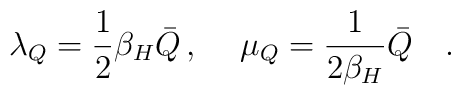
\lambda_Q={1\over 2}\beta_H \bar{Q}\, ,\hspace{0.5cm}\mu_Q={1\over 2\beta_H }\bar{Q}~~~.